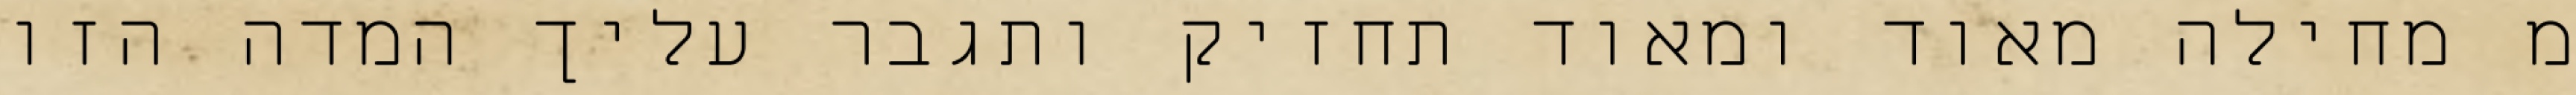
מ מחילה מאוד ומאוד תחזיק ותגבר עליך המדה הזו